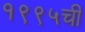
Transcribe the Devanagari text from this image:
१९९५ची